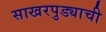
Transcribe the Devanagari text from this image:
साखरपुड्याची